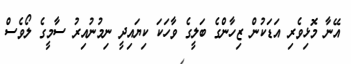
އޭނާ މޮޅިވެރި އަޑަކުން ޒިހާންގެ ބަލީގެ ވާހަކަ ކިޔައިދީ ނިމުނުއިރު ސާމީގެ ލޯވެސް